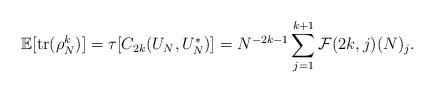
LaTeX: \begin{align*}\mathbb{E}[\mathrm{tr}(\rho_N^k)] = \tau[C_{2k}(U_N, U_N^*)] = N^{-2k-1} \sum_{j=1}^{k+1} \mathcal{F}(2k, j)(N)_j.\end{align*}